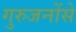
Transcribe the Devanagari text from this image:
गुरुजनोंसे